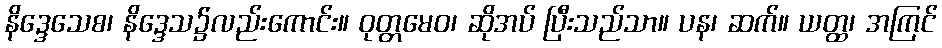
နိဒ္ဒေသေစ၊ နိဒ္ဒေသ၌လည်းကောင်း။ ဝုတ္တမေဝ၊ ဆိုအပ် ပြီးသည်သာ။ ပန၊ ဆက်။ ယတ္ထ၊ အကြင်